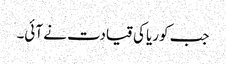
جب کوریا کی قیادت نے آئی۔